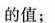
的值；